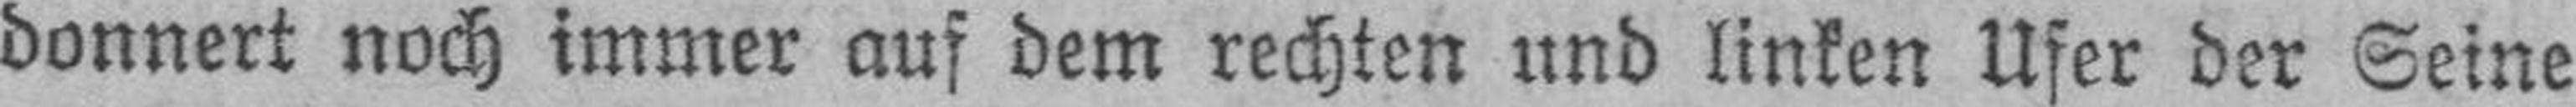
donnert noch immer auf dem rechten und linken Ufer der Seine